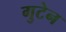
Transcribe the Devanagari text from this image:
गुटेन